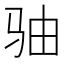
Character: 𩧨